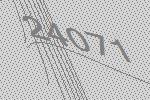
24071